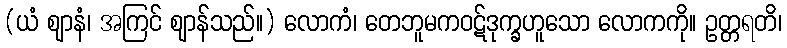
(ယံ ဈာနံ၊ အကြင် ဈာန်သည်။) လောကံ၊ တေဘူမကဝဋ်ဒုက္ခဟူသော လောကကို။ ဥတ္တရတိ၊